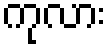
ကုလား